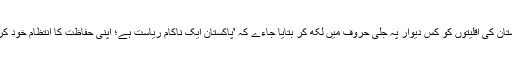
پاکستان کی اقلیتوں کو کس دیوار پہ جلی حروف میں لکھ کر بتایا جاءے کہ 'پاکستان ایک ناکام ریاست ہے؛ اپنی حفاظت کا انتظام خود کرو'؟